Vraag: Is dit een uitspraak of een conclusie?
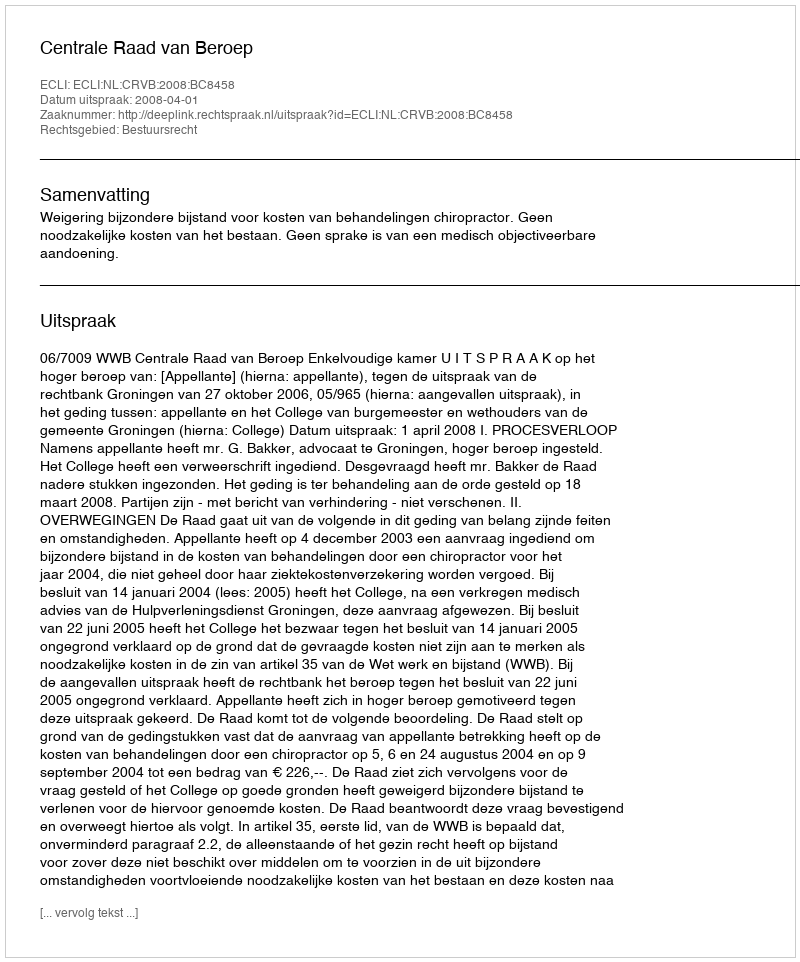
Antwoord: Uitspraak